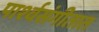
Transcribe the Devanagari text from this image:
पार्श्वसंगीतात